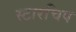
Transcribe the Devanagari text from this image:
स्टारचिप